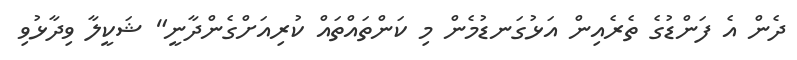
ދެން އެ ފަންޑުގެ ތެރެއިން އަޅުގަނޑުމެން މި ކަންތައްތައް ކުރިއަށްގެންދާނީ" ޝަކީލާ ވިދާޅުވި